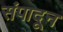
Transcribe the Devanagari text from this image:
संपादून